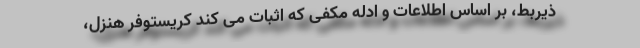
ذیربط، بر اساس اطلاعات و ادله مکفی که اثبات می کند کریستوفر هنزل،